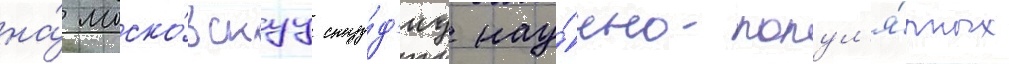
на́ моско́вскуу сту́д'иу нау́чно-попул'я́рных